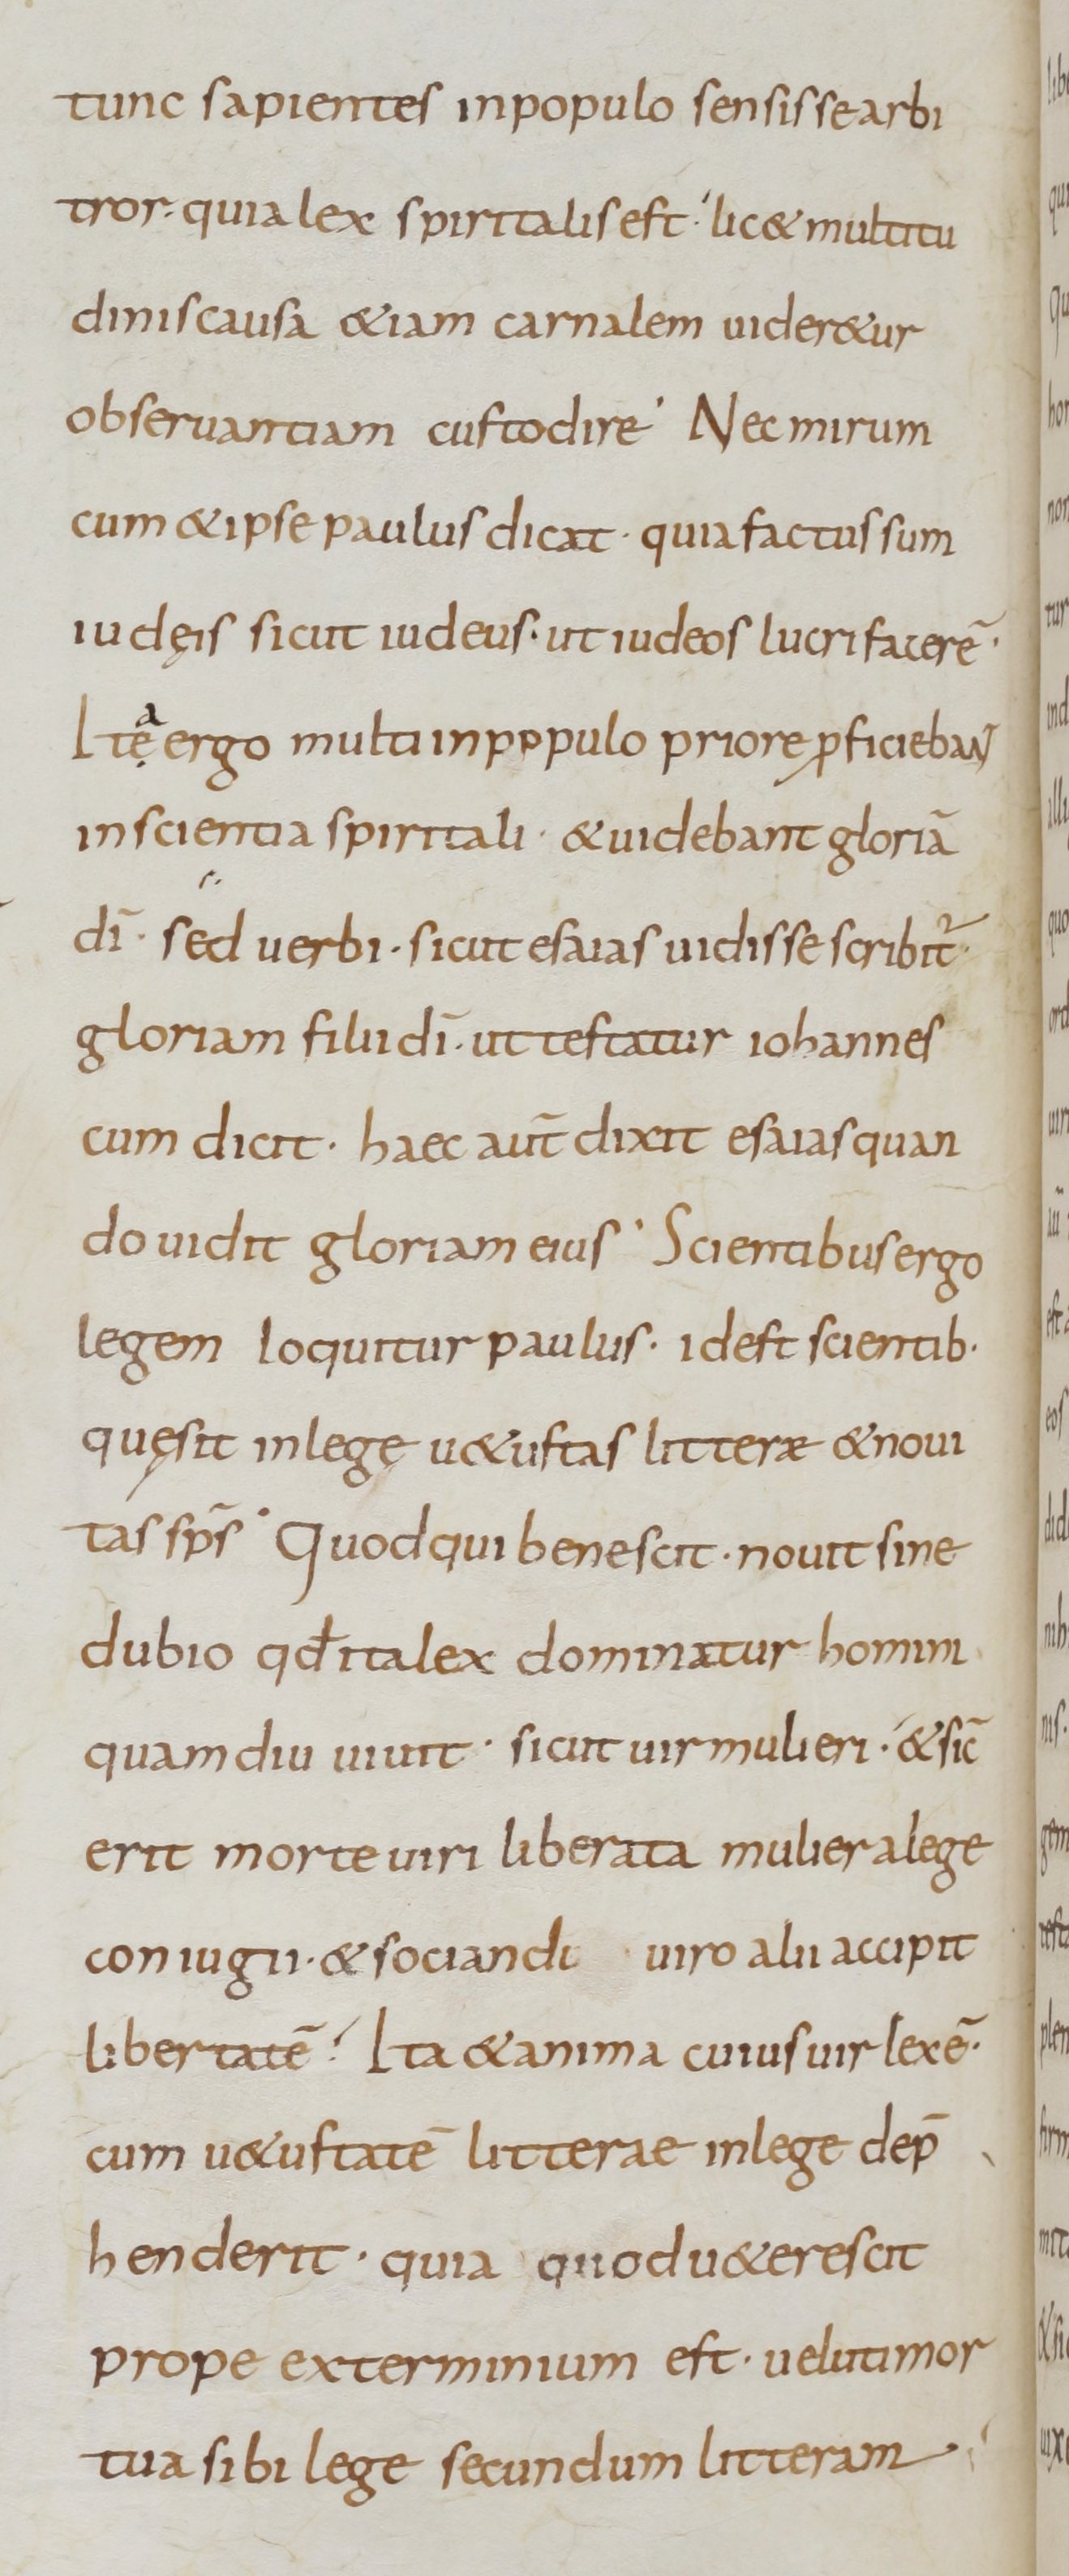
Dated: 800–899